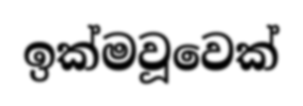
ඉක්මවූවෙක්